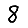
Digit: 8